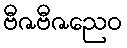
ဗီဇဗီဇညေဝ